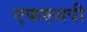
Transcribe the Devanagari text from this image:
एफएसपी